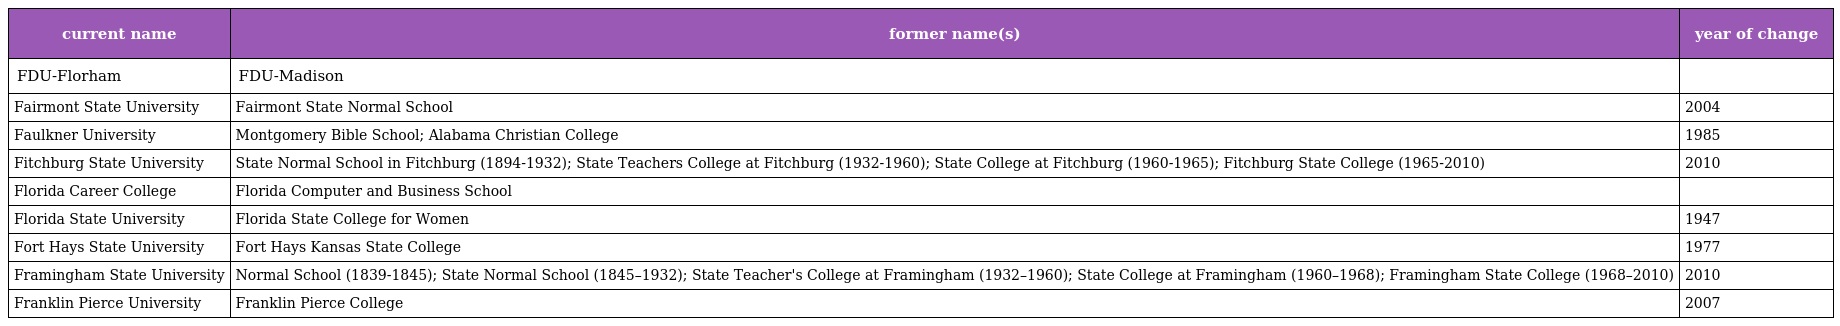
| current name | former name(s) | year of change |
 | --- | --- | --- |
 | FDU-Florham | FDU-Madison |  |
 | Fairmont State University | Fairmont State Normal School | 2004 |
 | Faulkner University | Montgomery Bible School; Alabama Christian College | 1985 |
 | Fitchburg State University | State Normal School in Fitchburg (1894-1932); State Teachers College at Fitchburg (1932-1960); State College at Fitchburg (1960-1965); Fitchburg State College (1965-2010) | 2010 |
 | Florida Career College | Florida Computer and Business School |  |
 | Florida State University | Florida State College for Women | 1947 |
 | Fort Hays State University | Fort Hays Kansas State College | 1977 |
 | Framingham State University | Normal School (1839-1845); State Normal School (1845–1932); State Teacher's College at Framingham (1932–1960); State College at Framingham (1960–1968); Framingham State College (1968–2010) | 2010 |
 | Franklin Pierce University | Franklin Pierce College | 2007 |